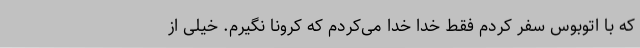
که با اتوبوس سفر کردم فقط خدا خدا می‌کردم که کرونا نگیرم. خیلی از